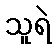
သူရဲ